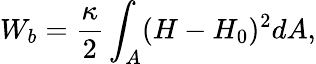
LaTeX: W_{b}=\frac{\kappa}{2}\int_{A}(H-H_{0})^{2}dA,